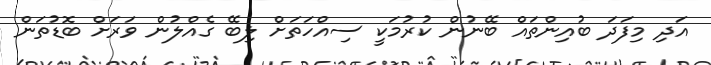
އަދި މިފަދަ ބުއިންތައް ބޭނުން ކުރުމަކީ ސިއްހަތަށް ލިބޭ ގެއްލުން ވަރަށް ބޮޑުތަން